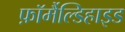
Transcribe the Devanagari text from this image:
फ़ॉर्मैल्डिहाइड